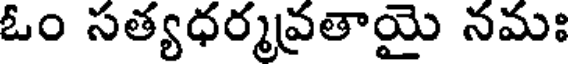
ఓం సత్యధర్మవ్రతాయై నమః